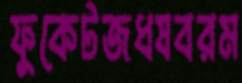
ফুকেটজধষবরম